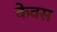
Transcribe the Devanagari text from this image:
केवस